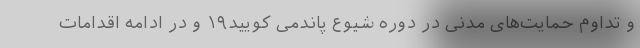
و تداوم حمایت‌های مدنی در دوره شیوع پاندمی کویید۱۹ و در ادامه اقدامات